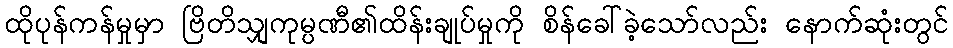
ထိုပုန်ကန်မှုမှာ ဗြိတိသျှကုမ္ပဏီ၏ထိန်းချုပ်မှုကို စိန်ခေါ်ခဲ့သော်လည်း နောက်ဆုံးတွင်